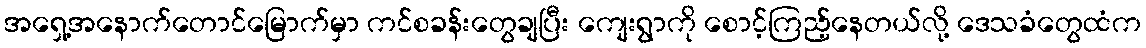
အရှေ့အနောက်တောင်မြောက်မှာ ကင်စခန်းတွေချပြီး ကျေးရွာကို စောင့်ကြည့်နေတယ်လို့ ဒေသခံတွေထံက